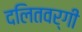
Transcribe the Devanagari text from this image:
दलितवर्गी